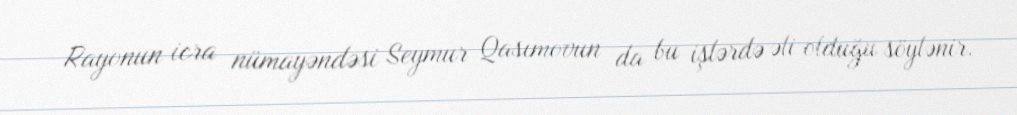
Rayonun icra nümayəndəsi Seymur Qasımovun da bu işlərdə əli olduğu söylənir.